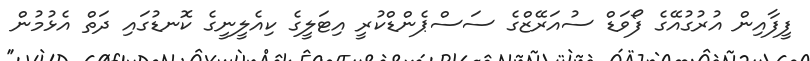
ފީފާއިން އުރުގުއޭގެ ފޯވަޑް ސުއަރޭޒްގެ ސަސްޕެންޑްކުރީ އިޓަލީގެ ކިއެލީނީގެ ކޮނޑުގައި ދަތް އެޅުމުން